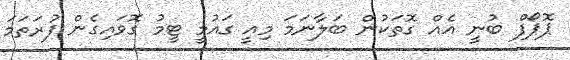
ޕޮޕޯފް ބުނީ އެއް ގޮތަކުން ބަލާނަމަ މިއީ ގައުމީ ޓީމު ގޮވައިގެން ފުރަތަމަ